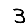
Digit: 3